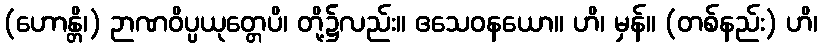
(ဟောန္တိ၊) ဉာဏဝိပ္ပယုတ္တေပိ၊ တို့၌လည်း။ ဧသေဝနယော။ ဟိ၊ မှန်။ (တစ်နည်း) ဟိ၊